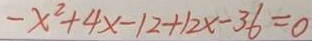
- x ^ { 2 } + 4 x - 1 2 + 1 2 x - 3 6 = 0